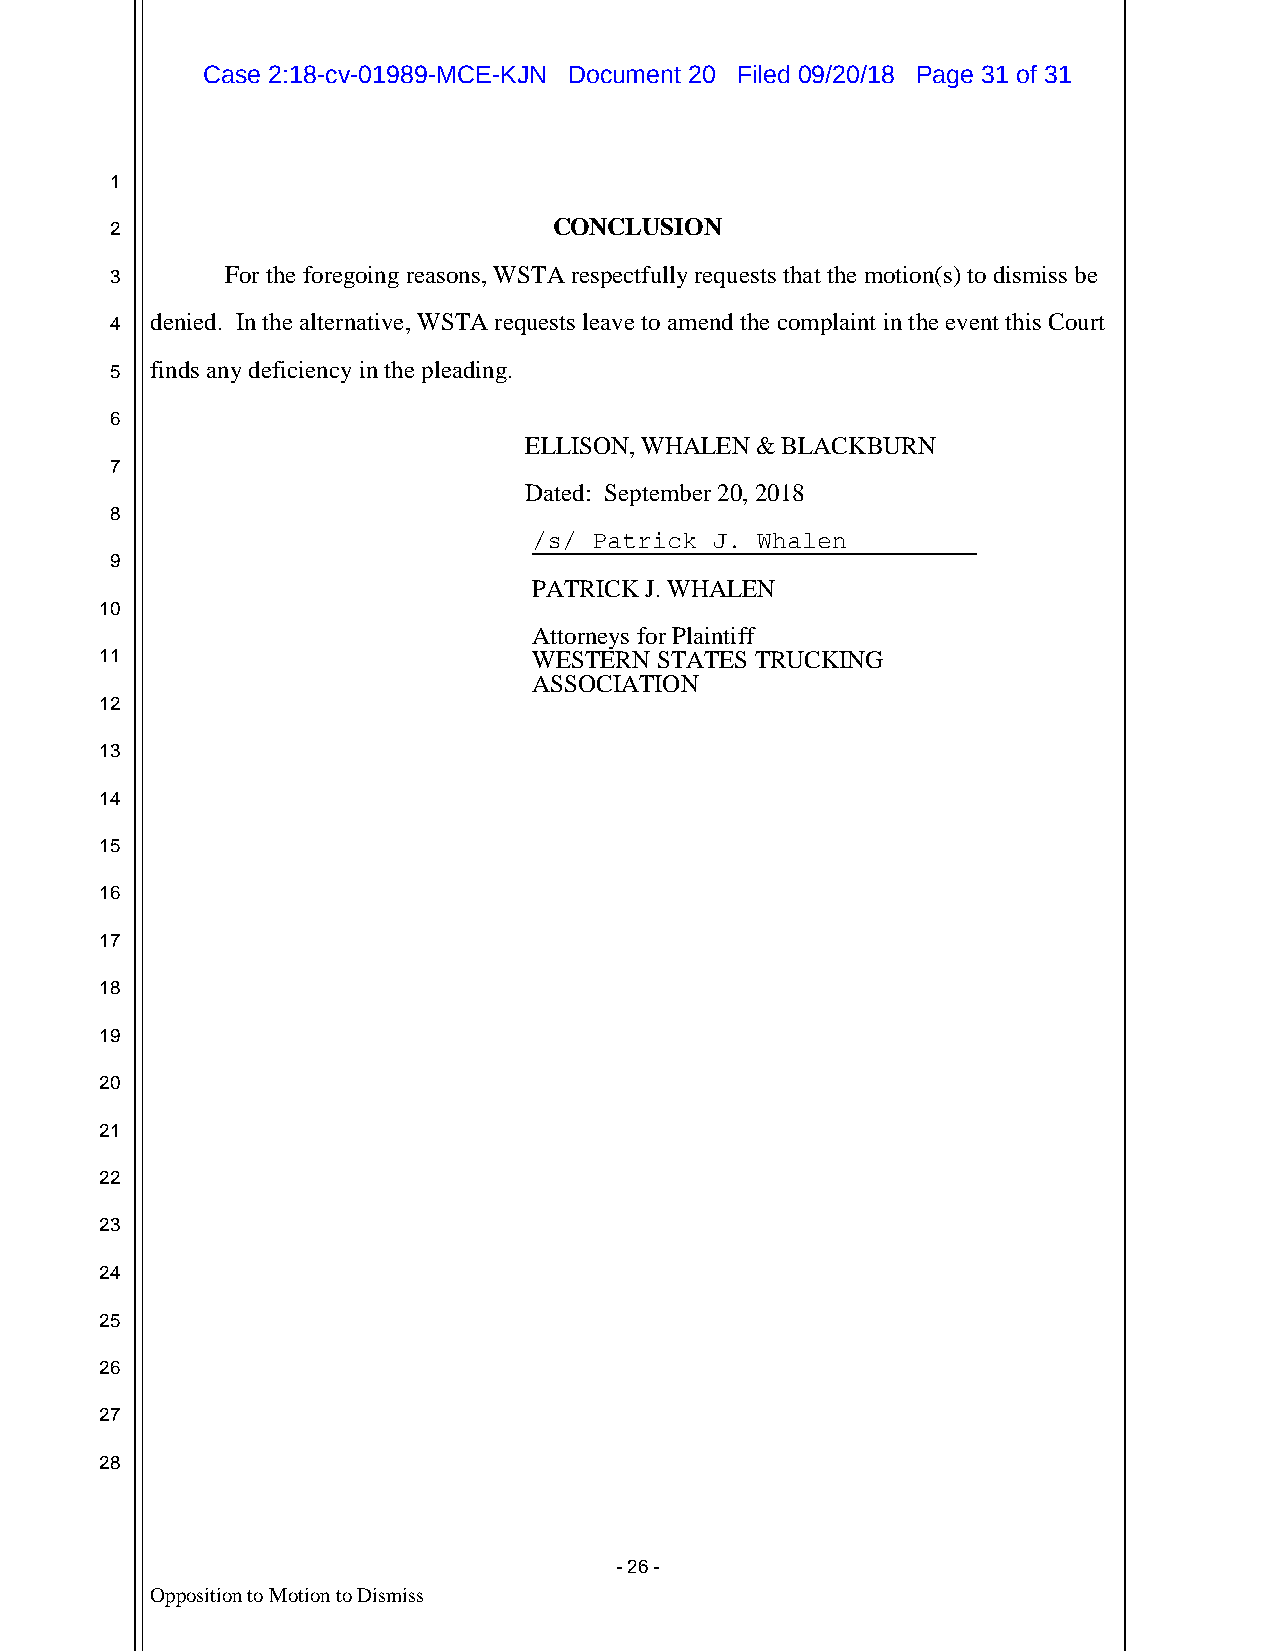
Case 2:18-cv-01989-MCE-KJN Document 20 Filed 09/20/18 Page 31 of 31
 1
 2                             CONCLUSION
 3       For the foregoing reasons, WSTA respectfully requests that the motion(s) to dismiss be
 4  denied. In the alternative, WSTA requests leave to amend the complaint in the event this Court
 5  finds any deficiency in the pleading.
 6
 ELLISON, WHALEN & BLACKBURN
 7
 Dated: September 20, 2018
 8
 / s/ Patrick J. Whalen
 9
 PATRICK J. WHALEN
 10
 Attorneys for Plaintiff
 11                          WESTERN STATES TRUCKING
 ASSOCIATION
 12
 13
 14
 15
 16
 17
 18
 19
 20
 21
 22
 23
 24
 25
 26
 27
 28
 - 26 -
 Opposition to Motion to Dismiss